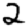
Digit: 2